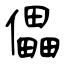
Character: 儡